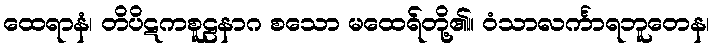
ထေရာနံ၊ တိပိဋကစူဠနာဂ စသော မထေရ်တို့၏။ ဝံသာလင်္ကာရဘူတေန၊